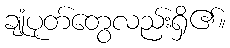
ချုံပုတ်တွေလည်းရှိ၏။